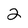
Character: 2